Board of Education Examinations in Art and in Science and Technology, and Examinations of the City and Guilds of London Institute, 1918, 1918
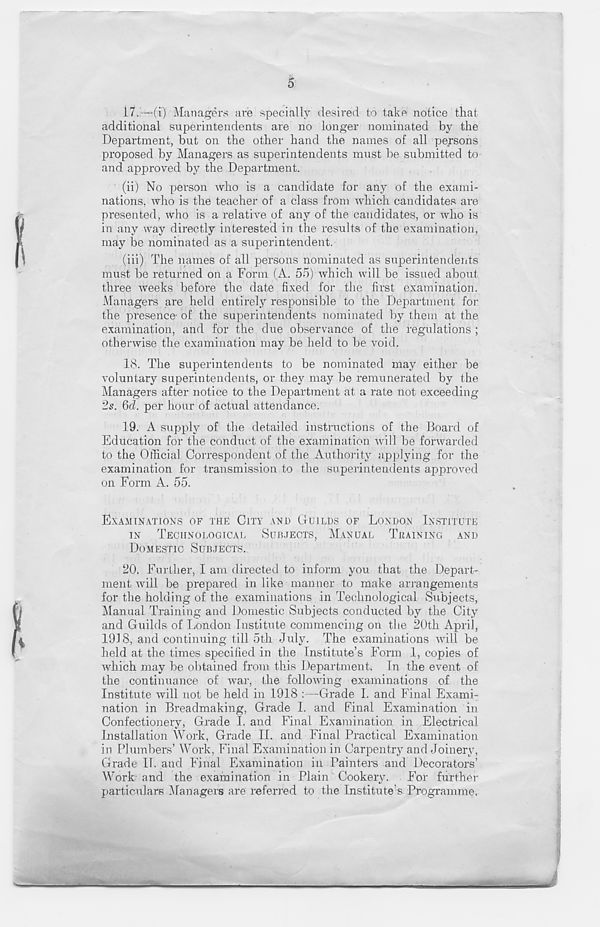
5
17.
—(i) Managers are specially d
additional superintendents are no longer nominated by the
Department, but on the other hand the names of all persons
proposed by Managers as superintendents must be submitted to
and approved by the Department.
(ii) No person who is a candidate for any of the exami-
nations, who is the teacher of a class from which candidates are
presented, who is a relative of any of the candidates, or who is
in any way directly interested in the results of the examination,
may be nominated as a superintendent.
(iii) The names of all persons nominated as superintendents
must be returned on a Form (A. 55) which will be issued about
three weeks before the date fixed for the first examination.
Managers are held entirely responsible to the Department for
the presence-of the superintendents nominated by them at the
examination, and for the due observance of the regulations ;
otherwise the examination may be held to be void.
18. The superintendents to be nominated may either be
voluntary superintendents, or they may be remunerated by the
Managers after notice to the Department at a rate not exceeding
2s. 6d. per hour of actual attendance.
19. A supply of the detailed instructions of the Board of
Education for the conduct of the examination will be forwarded
to the Official Correspondent of the Authority applying for the
examination for transmission to the superintendents approved
on Form A. 55.
EXAMINATIONS OF THE CITY AND GUILDS OF LONDON INSTITUTE
IN
TECHNOLOGICAL SUBJECTS, MANUAL TRAINING AND
DOMESTIC SUBJECTS.
20. Further, I am directed to inform you that the Depart-
ment will be prepared in like manner to make arrangements
for the holding of the examinations in Technological Subjects,
Manual Training and Domestic Subjects conducted by the City
and Guilds of London Institute commencing on the 20th April,
1918, and continuing till 5th July. The examinations will be
held at the times specified in the Institute’s Form 1, copies of
which may be obtained from this Department. In the event of
the continuance of war, the following examinations of the
Institute will not be held in 1918
Grade I. and Final Exami-
nation in Breadmaking, Grade I. and Final Examination in
Confectionery, Grade I. and Final Examination in Electrical
Installation Work, Grade II. and Final Practical Examination
in Plumbers’ Work, Final Examination in Carpentry and Joinery,
Grade II. and Final Examination in Painters and Decorators’
Work and the examination in Plain Cookery. For further
particulars ^Managers are referred to the Institute’s Programme.